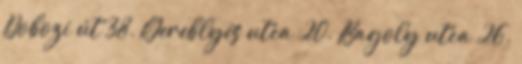
Dobozi út 38. Gereblyés utca 20. Bagoly utca 26.